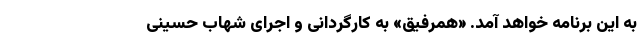
به این برنامه خواهد آمد. «همرفیق» به کارگردانی و اجرای شهاب حسینی